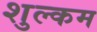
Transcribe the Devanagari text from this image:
शुल्कम